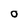
Character: O